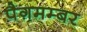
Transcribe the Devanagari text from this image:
पैग़मम्बर